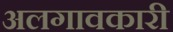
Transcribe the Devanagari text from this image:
अलगावकारी